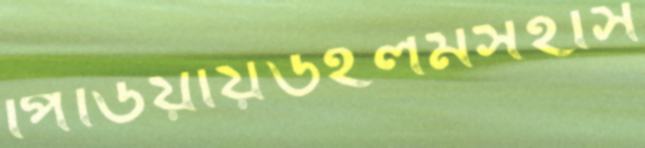
পিডিয়ায়উইলমসহার্স